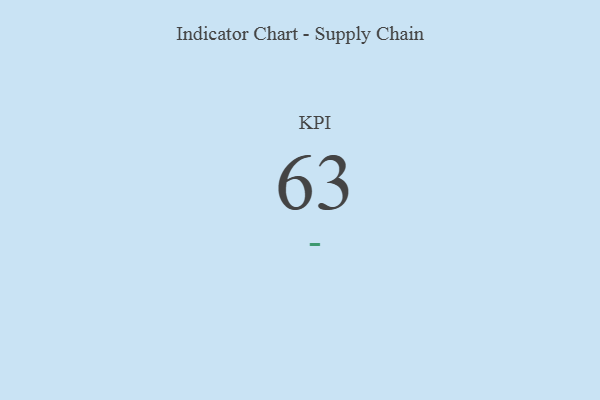
{"axis": {"x": "KPI", "y": "Value"}, "legend": [""], "data": [{"x": "KPI", "y": 63, "type": ""}]}